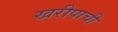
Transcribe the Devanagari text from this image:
खरीपाची